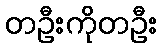
တဦးကိုတဦး